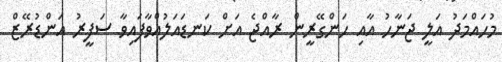
މުހައްމަދު އަލީ ޖަނާހު އާއި ހަންގޭރީން ރާއްޖެ އަށް ކަނޑައަލުއްވާފައިވާ ސަފީރު އަންޑުރޭޒް